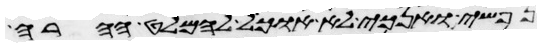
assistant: נפשי ואנכי לא אוכל להמלט ההרה